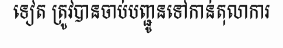
ទៀត ត្រូវបានចាប់បញ្ជូនទៅកាន់តុលាការ